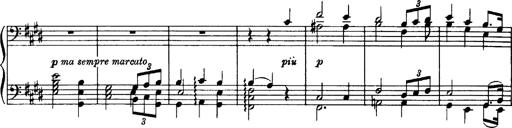
Title: OuvertÃ¼re zu TannhÃ¤user
Composer: Franz Liszt